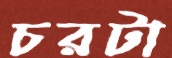
চরটা